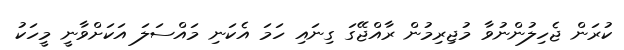
ކުރަން ޖެހިލުންނުވާ މުޖިރިމުން ރާއްޖޭގަ ގިނައިި ހަމަ އެކަނި މައްސަލަ އަކަށްވާނީ މީހަކު